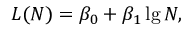
L ( N ) = \beta _ { 0 } + \beta _ { 1 } \lg N ,